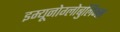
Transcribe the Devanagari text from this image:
इम्यूनोग्लोबुलिन्स